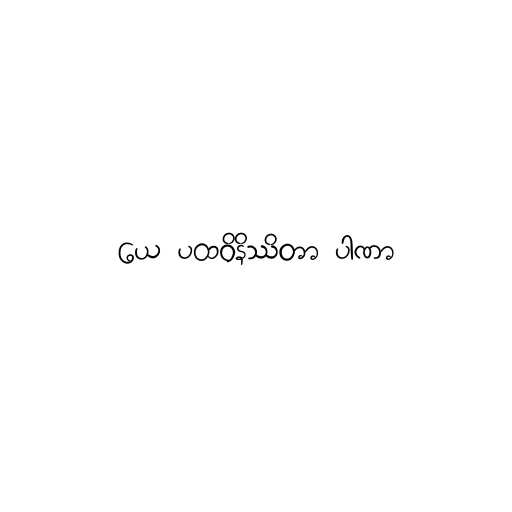
ယေ ပထဝိနိဿိတာ ပါဏာ